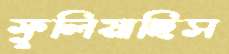
ফুলিয়াছিস